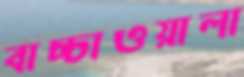
বাচ্চাওয়ালা